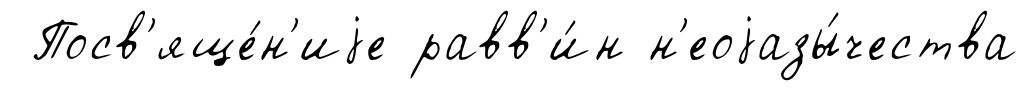
Посв'яще́н'иjе равв'и́н н'еоjазы́чества